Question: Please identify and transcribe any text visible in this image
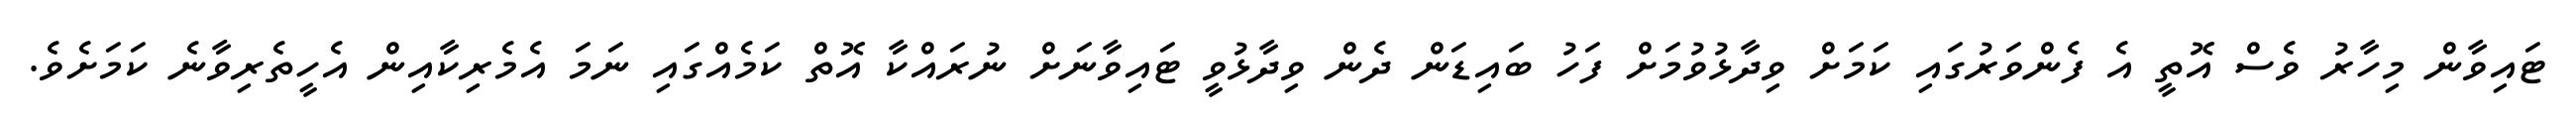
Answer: ޓައިވާން މިހާރު ވެސް އޮތީ އެ ފެންވަރުގައި ކަމަށް ވިދާޅުވުމަށް ފަހު ބައިޑަން ދެން ވިދާޅުވީ ޓައިވާނަށް ނުރައްކާ އޮތް ކަމެއްގައި ނަމަ އެމެރިކާއިން އެހީތެރިވާނެ ކަމަށެވެ.